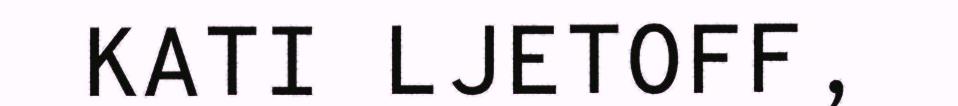
KATI LJETOFF,